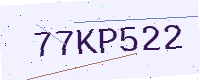
Text: 77KP522